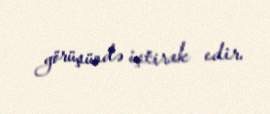
görüşündə iştirak edir.